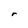
Character: r